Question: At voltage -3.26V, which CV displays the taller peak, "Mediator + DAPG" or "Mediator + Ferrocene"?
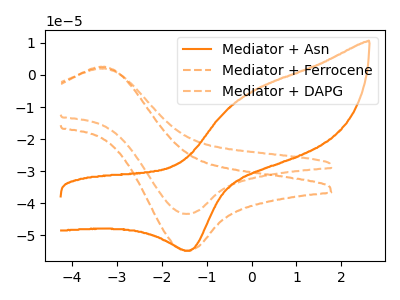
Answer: <think>The orange curve "Mediator + Asn" has an anodic peak at (0.10V, -4.60uA) and a cathodic peak at (-1.40V, -54.80uA). The orange dashed curve "Mediator + Ferrocene" has an anodic peak at (-3.25V, 2.55uA) and a cathodic peak at (-1.50V, -54.80uA). The orange dashed curve "Mediator + DAPG" has an anodic peak at (-3.25V, 2.00uA) and a cathodic peak at (-1.50V, -43.35uA).</think>
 <answer>The peak at -3.26V is lower in "Mediator + DAPG" than in "Mediator + Ferrocene".</answer>
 <eval>lower</eval>